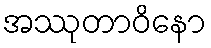
အဿုတာဝိနော